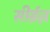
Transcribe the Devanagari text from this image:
सीर्‍ईज़